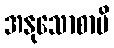
အနုသောစာမိ